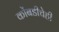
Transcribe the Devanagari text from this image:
कोंबडीचेही